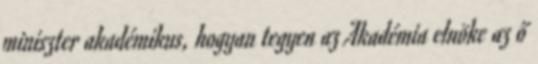
miniszter akadémikus, hogyan tegyen az Akadémia elnöke az ő